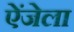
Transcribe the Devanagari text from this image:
ऐंजेला